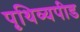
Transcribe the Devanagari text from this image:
पृथिव्यपीड